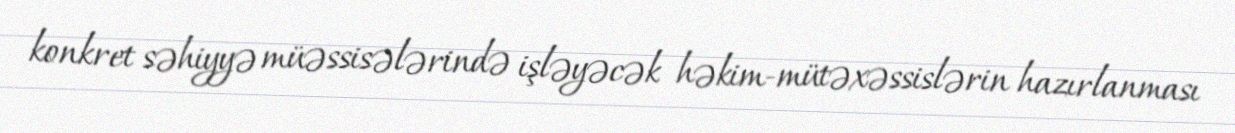
konkret səhiyyə müəssisələrində işləyəcək həkim-mütəxəssislərin hazırlanması